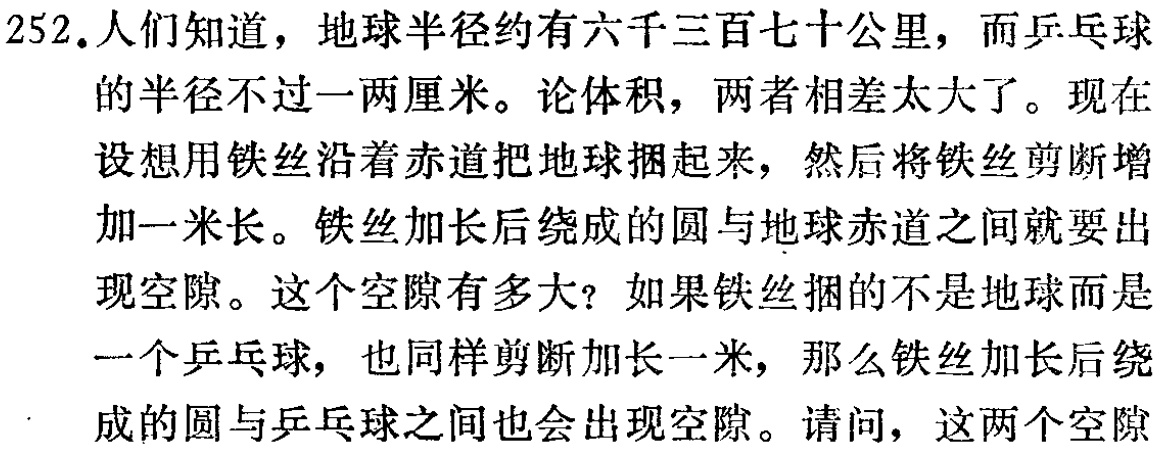
252.人们知道，地球半径约有六千三百七十公里，而乒乓球

的半径不过一两厘米。论体积，两者相差太大了。现在

设想用铁丝沿着赤道把地球捆起来，然后将铁丝剪断增

加一米长。铁丝加长后绕成的圆与地球赤道之间就要出

现空隙。这个空隙有多大？如果铁丝捆的不是地球而是

一个乒乓球，也同样剪断加长一米，那么铁丝加长后绕

成的圆与乒乓球之间也会出现空隙。请问，这两个空隙